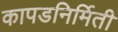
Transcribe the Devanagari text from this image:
कापडनिर्मिती